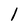
Character: l